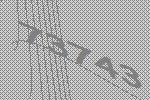
73743